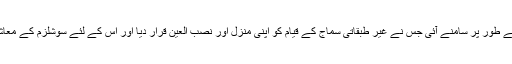
پیپلز پارٹی بائیں بازو کی مقبول عام جماعت کے طور پر سامنے آئی جس نے غیر طبقاتی سماج کے قیام کو اپنی منزل اور نصب العین قرار دیا اور اس کے لئے سوشلزم کے معاشی اور سیاسی نظریات کو اپنانے کا فیصلہ کیا۔